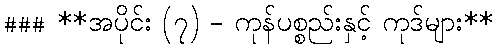
### **အပိုင်း (၇) - ကုန်ပစ္စည်းနှင့် ကုဒ်များ**